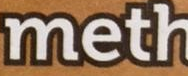
meth